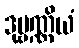
ဒုဗ္ဗဏ္ဏိယံ